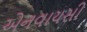
એનવાયસી